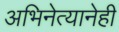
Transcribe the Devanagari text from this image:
अभिनेत्यानेही